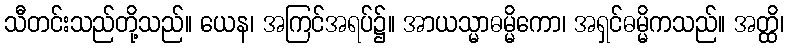
သီတင်းသည်တို့သည်။ ယေန၊ အကြင်အရပ်၌။ အာယသ္မာဓမ္မိကော၊ အရှင်ဓမ္မိကသည်။ အတ္ထိ၊